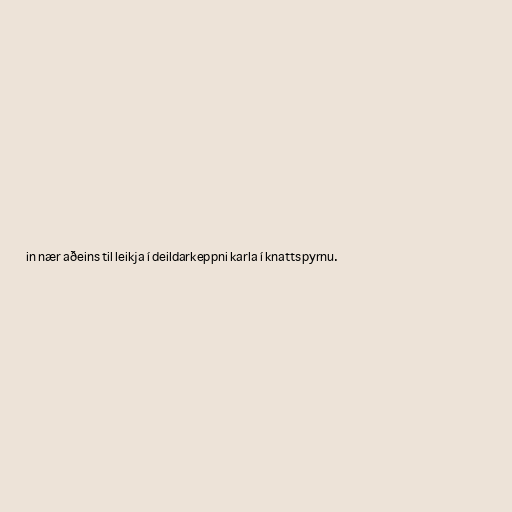
in nær aðeins til leikja í deildarkeppni karla í knattspyrnu.